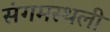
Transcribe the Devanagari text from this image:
संगमस्थली